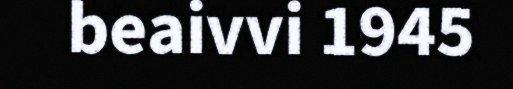
beaivvi 1945